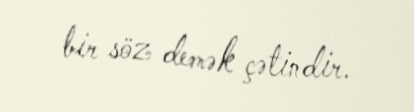
bir söz demək çətindir.